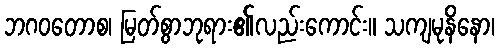
ဘဂဝတောစ၊ မြတ်စွာဘုရား၏လည်းကောင်း။ သကျမုနိနော၊